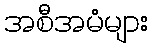
အစီအမံများ